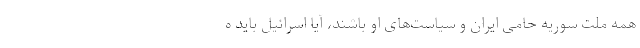
همه ملت سوریه حامی ایران و سیاست‌های او باشند، آیا اسرائیل باید ه